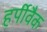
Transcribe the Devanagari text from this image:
हर्पीवैक